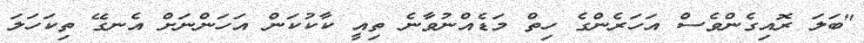
"ބަލަ ރޮއިގެންވެސް އަހަރެންގެ ހިތް މަޑެއްނުވާނެ ތިއީ ކާކުކަން އަހަންނަށް އެނގޭ ތިކަހަލަ